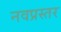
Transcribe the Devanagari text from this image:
नवप्रस्तर